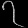
Digit: ၇